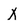
Character: X